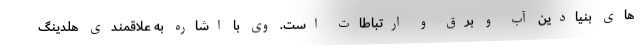
های بنیادین آب و برق و ارتباطات است. وی با اشاره به علاقمندی هلدینگ